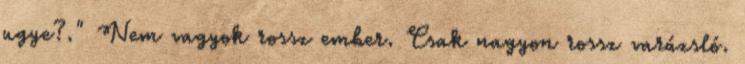
ugye?." Nem vagyok rossz ember. Csak nagyon rossz varázsló.